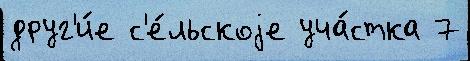
друг'и́е с'е́льскоjе уча́стка 7